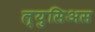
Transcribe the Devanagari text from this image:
ल्युसिअस